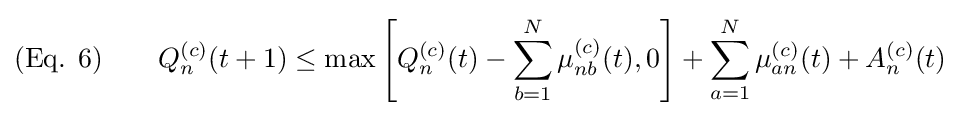
{\text{(Eq. 6)}}\qquad Q_{n}^{(c)}(t+1)\leq \max \left[Q_{n}^{(c)}(t)-\sum _{b=1}^{N}\mu _{nb}^{(c)}(t),0\right]+\sum _{a=1}^{N}\mu _{an}^{(c)}(t)+A_{n}^{(c)}(t)